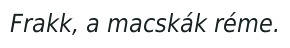
Frakk, a macskák réme.